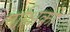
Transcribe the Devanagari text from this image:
पाक्षिकों